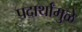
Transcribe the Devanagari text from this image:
पदार्थांमुळे